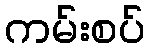
ကမ်းစပ်